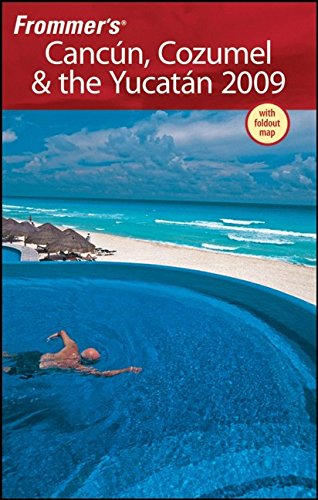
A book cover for Frommer's Cancun, Cozumel & the Yucatan 2009 (Frommer's Complete Guides); David Baird; Travel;